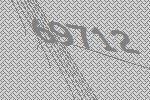
69712